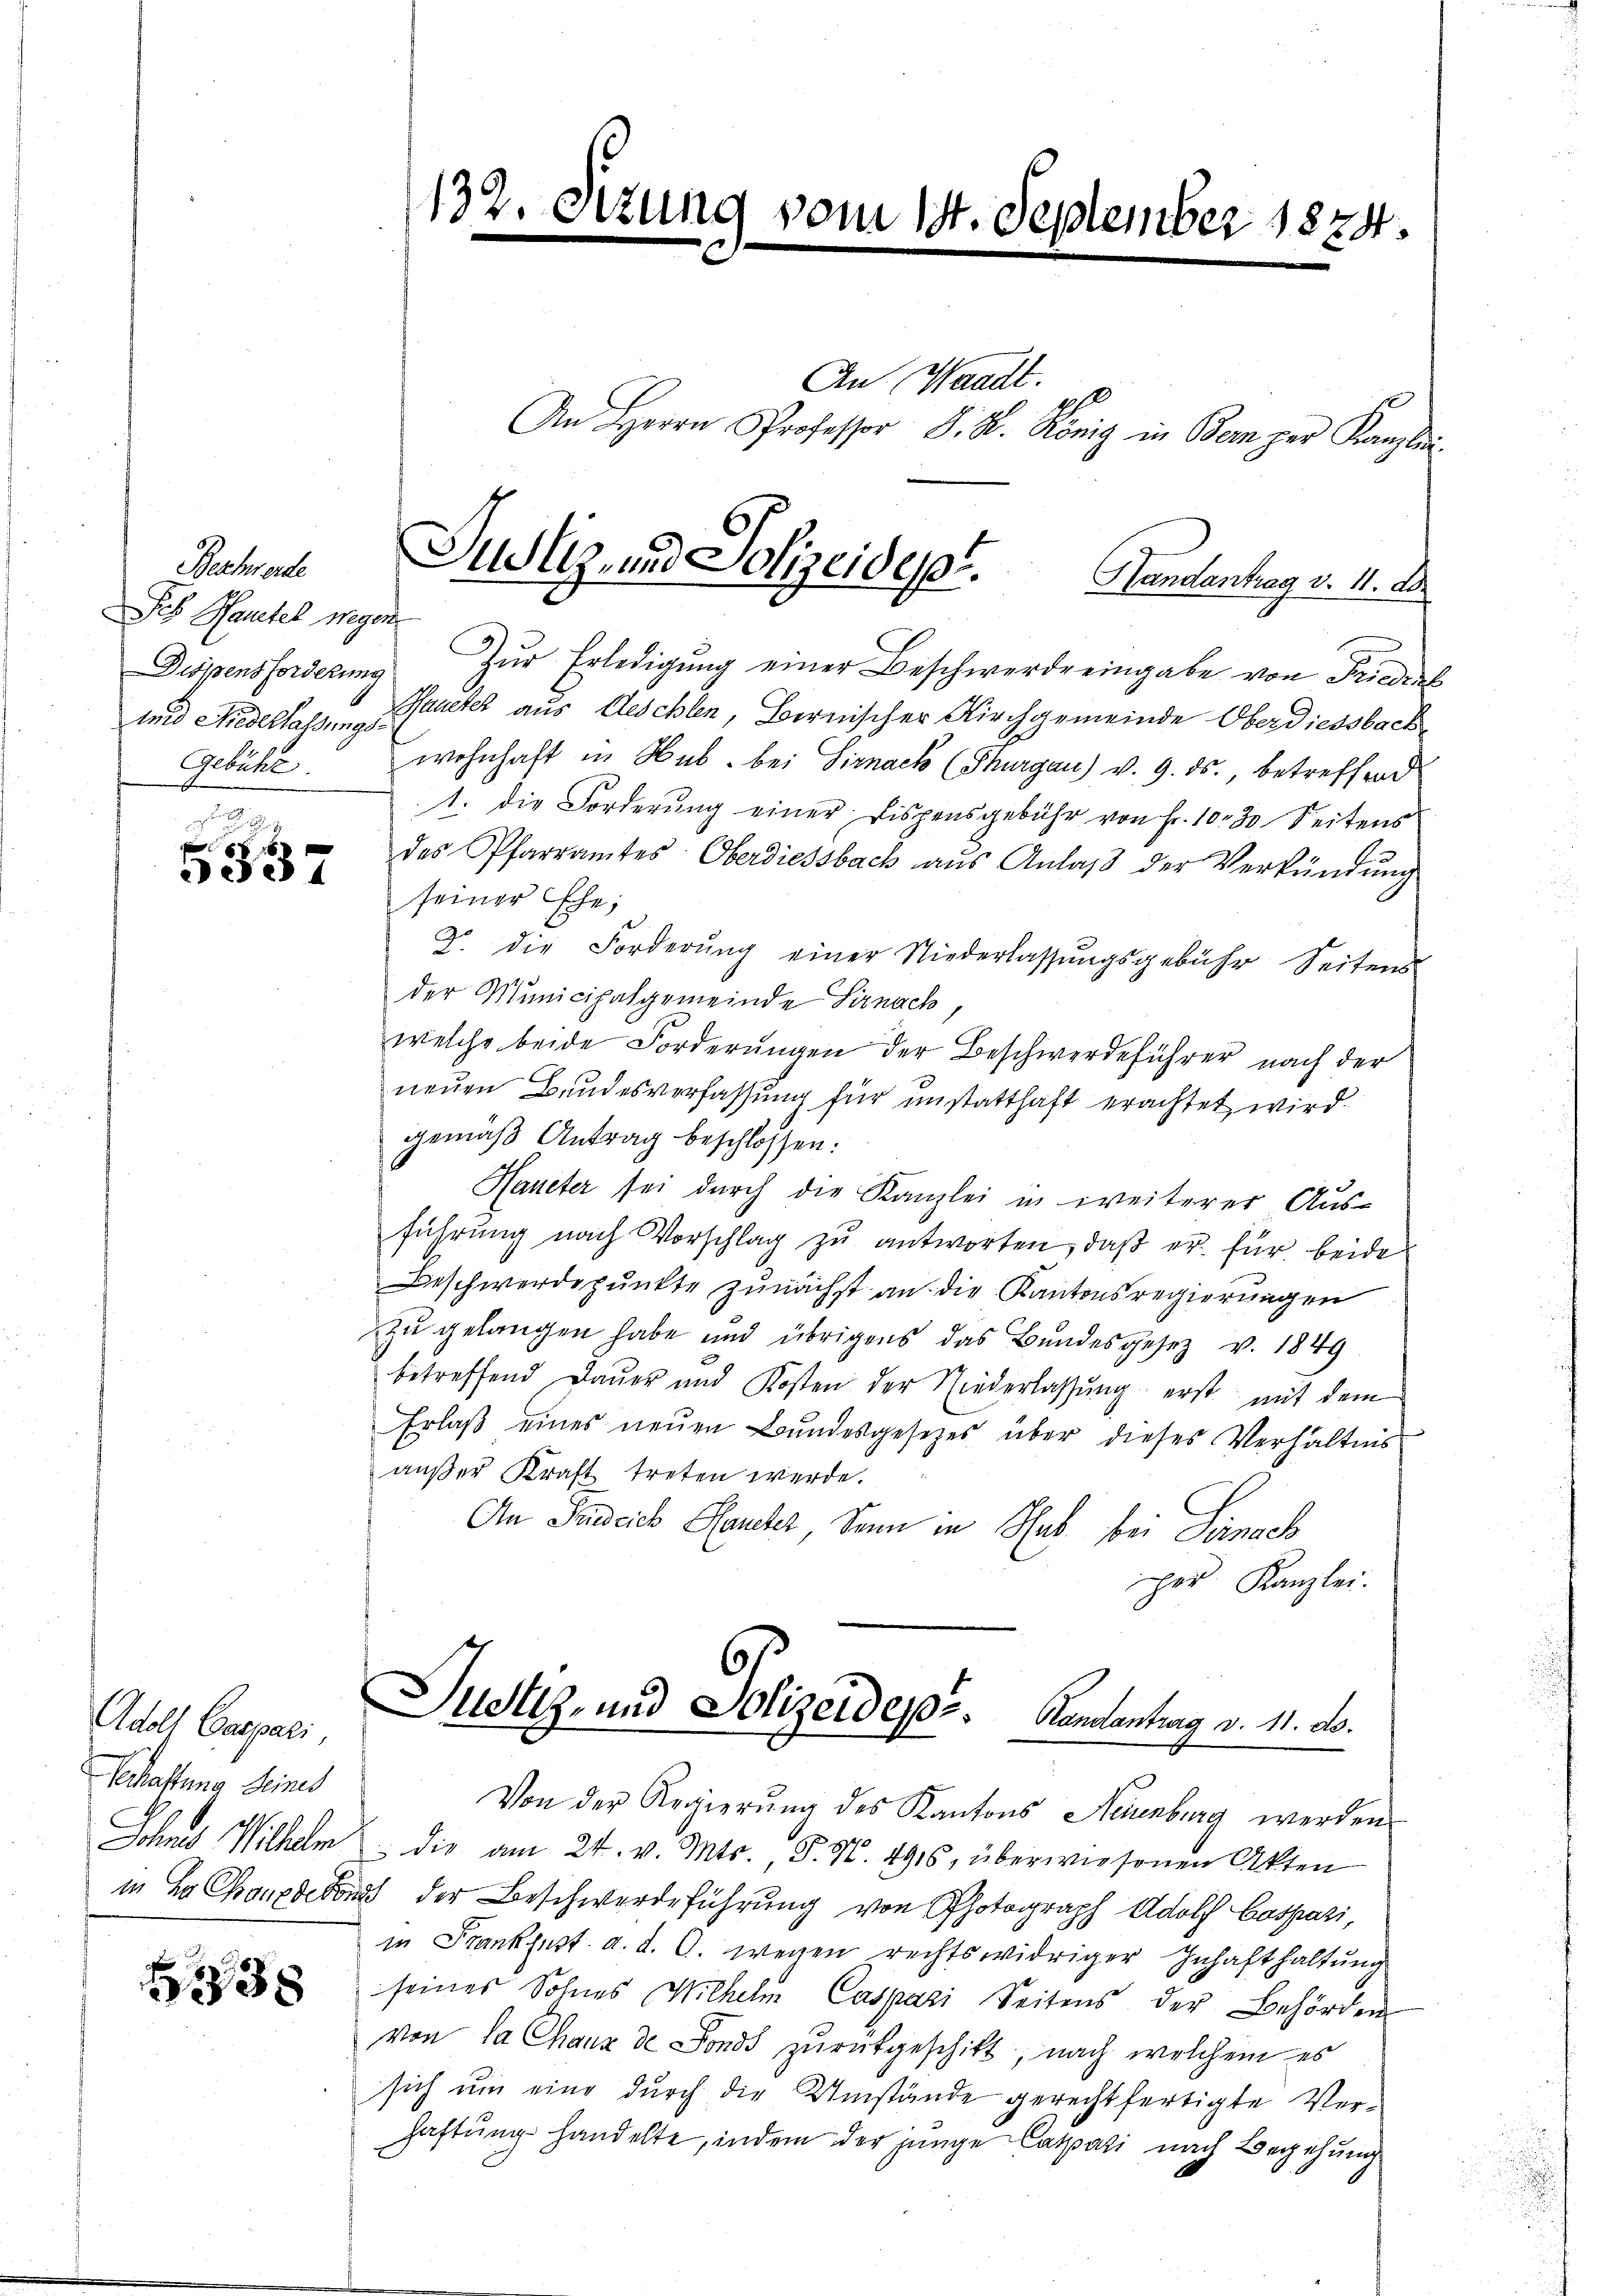
Beschwerde
eh Hautel wegen

w
ede

Adolf Cassati,
Schaftung Seines
Schnes Willen

38

132.

3 vom 14. September 1874

Dispensforderung zŭr Erledigung einer Beschwerde eingabe von Friedens
und Niedertes in alter aus Aeschlen, Bernischer Kirchgemeinde Oberdiessbach
Gebühr wohnhaft in Hub bei Sirnack (Thurgau) v. 9. ds., betreffend
1. die Forderŭng einer Dispensgebühr von Fr. 1030 Seitens
des Pfarramtes Oberdiessbach aŭs Anlaβ der Verkündŭng
seiner Ehe,
2. die Forderŭng einer Niederlassŭngsgebühr Seitens
der Municipalgemeinde Sirnach
welche beide Forderungen der Beschwerdeführer nach der
neuen Bundesverfassung für unstatthaft erachtet wird.
gemäß Antrag beschlossen:
d
Haueter sei dŭrch die Kanzlei in weiterer Aus-
führŭng nach Vorschlag zŭ antworten, daβ er für beide
Beschwerdepunkte zunächst an die Kantonsregierungen
zu gelangen habe und übrigens das Bundesgesetz v. 1849
betreffend Daŭer und Kosten der Niederlassŭng erst mit dem
Erlaβ eines neŭen Bundesgesetzes über dieses Verhältnis
aŭβer Kraft treten werde.
An Padeis Frucher, Senn in Sub bei Sirnach
per Kanzlei.
Justiz- und Polizeidepr. Kamantrag v. 11. ds.
Von der Regierung des Kantons Neuenburg werden
 die am 24. v. Mts., P. M. 4916, überwiesenen Akten
in La Chanderend der Beschwerdeführung von Photograph Adolf Cospazi,
in Frankjust d. d. 6. wegen rechtswidriger Inhaft haltung
seines Sohnes Wilhelm Caspazi Seitens der Behörden
von da Chaux de Fonds zurückgeschikt, nach welchem es
sich um eine durch die Umstände gerechtfertigte Verhaftung handelte, indem der junge Cassati nach Begehung

Sulz, und Polizeidept.
Handantrag v. 11. d.

An Waadt.
.
An Herrn Professor P. R. König in Bern per Kanzlei-